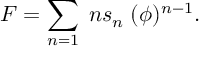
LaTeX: F = \sum _ { n = 1 } \; n s _ { n } \; ( \phi ) ^ { n - 1 } .